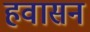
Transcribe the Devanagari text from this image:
हवासन